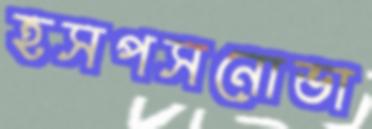
হসপসনোভা